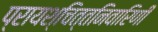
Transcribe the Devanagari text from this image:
प्रायश्चित्तनिवारिणी